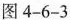
图4-6-3